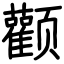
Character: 颧